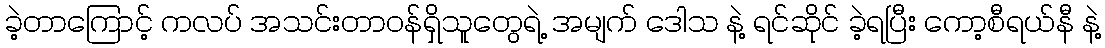
ခဲ့တာကြောင့် ကလပ် အသင်းတာဝန်ရှိသူတွေရဲ့ အမျက် ဒေါသ နဲ့ ရင်ဆိုင် ခဲ့ရပြီး ကော့စီရယ်နီ နဲ့